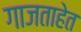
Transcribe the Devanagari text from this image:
गाजताहेत